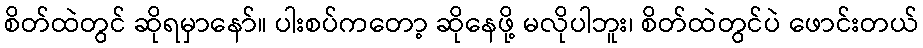
စိတ်ထဲတွင် ဆိုရမှာနော်။ ပါးစပ်ကတော့ ဆိုနေဖို့ မလိုပါဘူး၊ စိတ်ထဲတွင်ပဲ ဖောင်းတယ်